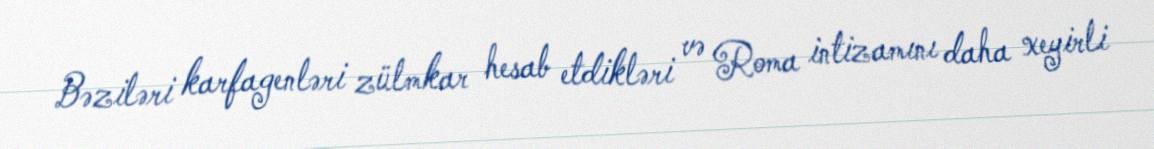
Bəziləri karfagenləri zülmkar hesab etdikləri və Roma intizamını daha xeyirli